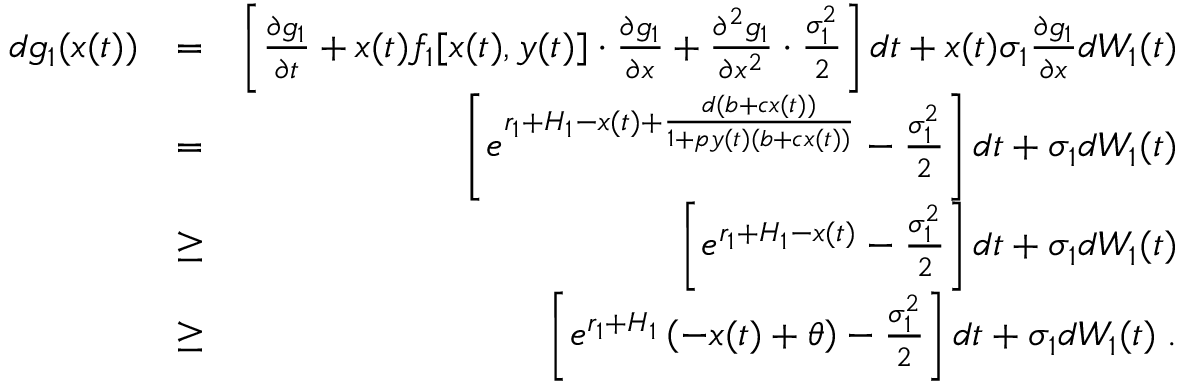
\begin{array} { r l r } { d g _ { 1 } ( x ( t ) ) } & { = } & { \left[ \frac { \partial g _ { 1 } } { \partial t } + x ( t ) f _ { 1 } [ x ( t ) , y ( t ) ] \cdot \frac { \partial g _ { 1 } } { \partial x } + \frac { \partial ^ { 2 } g _ { 1 } } { \partial x ^ { 2 } } \cdot \frac { \sigma _ { 1 } ^ { 2 } } { 2 } \right] d t + x ( t ) \sigma _ { 1 } \frac { \partial g _ { 1 } } { \partial x } d W _ { 1 } ( t ) } \\ & { = } & { \left[ e ^ { r _ { 1 } + H _ { 1 } - x ( t ) + \frac { d ( b + c x ( t ) ) } { 1 + p y ( t ) ( b + c x ( t ) ) } } - \frac { \sigma _ { 1 } ^ { 2 } } { 2 } \right] d t + \sigma _ { 1 } d W _ { 1 } ( t ) } \\ & { \geq } & { \left[ e ^ { r _ { 1 } + H _ { 1 } - x ( t ) } - \frac { \sigma _ { 1 } ^ { 2 } } { 2 } \right] d t + \sigma _ { 1 } d W _ { 1 } ( t ) } \\ & { \geq } & { \left[ e ^ { r _ { 1 } + H _ { 1 } } \left( - x ( t ) + \theta \right) - \frac { \sigma _ { 1 } ^ { 2 } } { 2 } \right] d t + \sigma _ { 1 } d W _ { 1 } ( t ) \; . } \end{array}